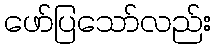
ဖော်ပြသော်လည်း